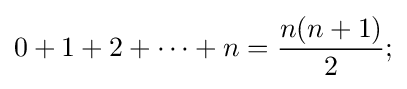
0+1+2+\cdots +n={\frac {n(n+1)}{2}};